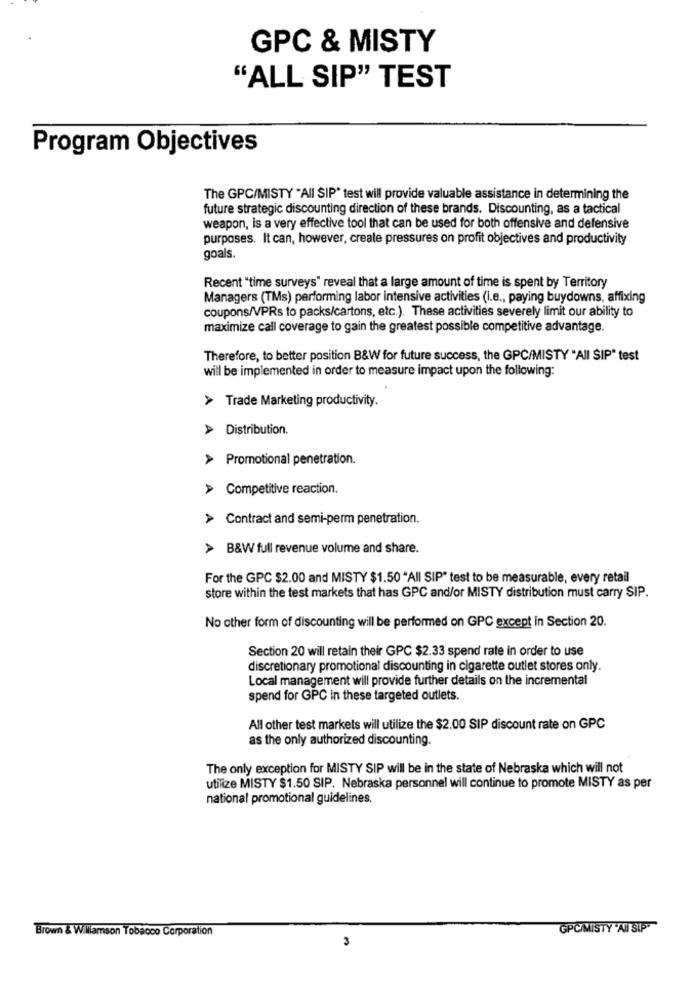
GPC & MISTY
"ALL SIP" TEST
Program Objectives
The GPC/MISTY "All SIP" test will provide valuable assistance in determining the
future strategic discounting direction of these brands. Discounting, as a tactical
weapon, is a very effective tool that can be used for both offensive and defensive
purposes. It can, however, create pressures on profit objectives and productivity
goals.
Recent "time surveys" reveal that a large amount of time is spent by Territory
Managers (TMs) performing labor intensive activities (i.e ., paying buydowns, affixing
coupons/VPRs to packs/cartons, etc.). These activities severely limit our ability to
maximize call coverage to gain the greatest possible competitive advantage.
Therefore, to better position B&W for future success, the GPC/MISTY "All SIP" test
will be implemented in order to measure impact upon the following:
> Trade Marketing productivity.
> Distribution.
> Promotional penetration.
> Competitive reaction.
> Contract and semi-perm penetration.
> B&W full revenue volume and share.
For the GPC $2.00 and MISTY $1.50 "All SIP" test to be measurable, every retail
store within the test markets that has GPC and/or MISTY distribution must carry SIP.
No other form of discounting will be performed on GPC except in Section 20.
Section 20 will retain their GPC $2.33 spend rate in order to use
discretionary promotional discounting in cigarette outlet stores only.
Local management will provide further details on the incremental
spend for GPC in these targeted outlets.
All other test markets will utilize the $2.00 SIP discount rate on GPC
as the only authorized discounting.
The only exception for MISTY SIP will be in the state of Nebraska which will not
utilize MISTY $1.50 SIP. Nebraska personnel will continue to promote MISTY as per
national promotional guidelines.
Brown & Williamson Tobacco Corporation
GPC/MISTY 'AN SIP-
3